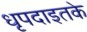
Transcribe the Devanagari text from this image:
धृपदाइतके